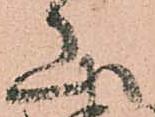
山